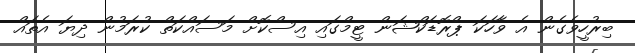
ބިރުހީވެގެން އެ ވާހަކަ ޕްރޮޑަކްޝަން ޓީމްގައި އިސްކޮށް މަސައްކަތް ކުރަމުން ދިޔަ އެތައް